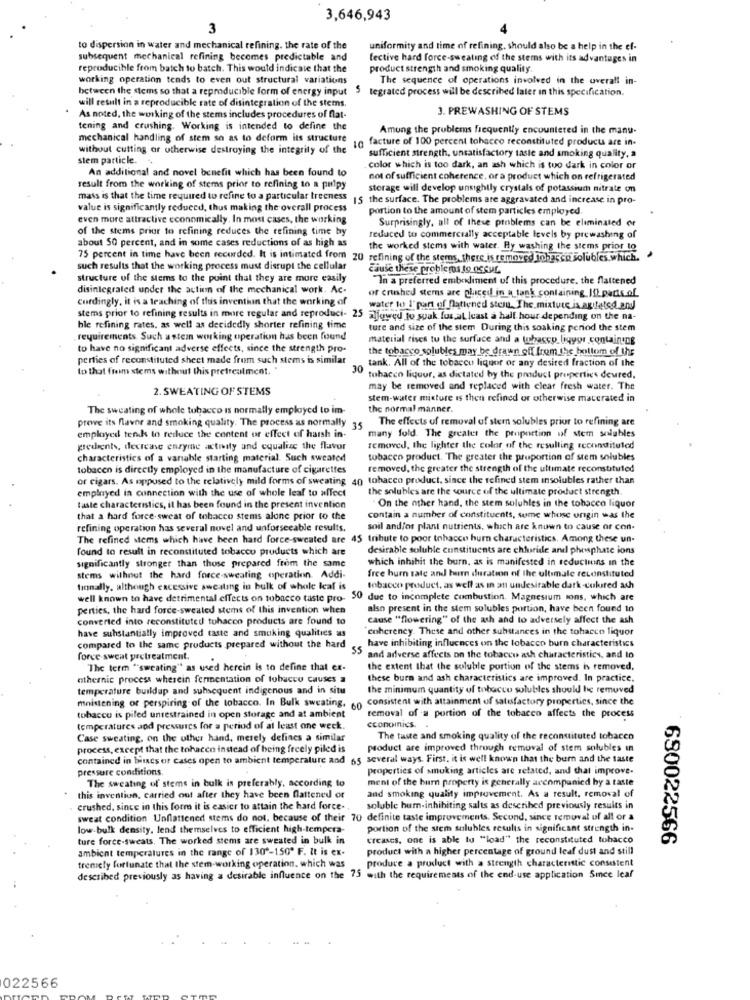
3,646,943
3
to dispersion in water and mechanical refining. the rate of the
uniformity and time of refining. should also be a help in the ef-
subsequent mechanical refining becomes predictable and
fective hard force-sweating of the stems with its advantages in
reproducible from batch to batch. This would indicate that the
product strength and smoking quality.
working operation tends to even out structural variations
The sequence of operations involved in the overall in-
between the stems so that a reproducible form of energy input
5 tegrated process will be described later in this specification.
will result in a reproducible rate of disintegration of the stems
3. PREWASHING OF STEMS
As noted, the working of the stems includes procedures of flat-
tening and crushing. Working is intended to define the
Among the problems frequently encountered in the manu-
mechanical handling of stem so as to deform its structure
facture of 100 percent tohaceo reconstituted products are in-
without cutting or otherwise destroying the integrity of the
sufficient strength, unsatisfactory taste and smoking quality, a
stem particle ..
An additional and novel benefit which has been found to
color which is too dark, an ash which is too dark in color or
not of sufficient coherence, or a product which on refrigerated
result from the working of stems prior to refining to a pulpy
storage will develop unsightly crystals of potassium nitrate on
mass is that the time required to refine to a particular treeness
15 the surface. The problems are aggravated and increase in pro-
value is significantly reduced, thus making the overall process
portion to the amount of stem particles employed
even more attractive economically. In most cases, the working
Surprisingly, all of these problems can be eliminated or
of the stems prior to refining reduces the refining time by
about SO percent, and in some cases reductions of as high as
reduced to commercially acceptable levels by prewashing of
the worked stems with water. By washing the stems prior to
75 percent in time have been recorded. It is intimated from 20 refining of the stems, there is removed jobarco solubles.which.
such results that the working process must disrupt the cellular
cause these problems to Occur
structure of the stems to the point that they are more easily
In a preferred embodiment of this procedure. the flattened
disintegrated under the action of the mechanical work. Ac-
cordingly, it is a teaching of this inventiun that the working of
or crushed stems are placed in a tank containing_If) parts of
stems prior to refining results in more regular and reproduci- 25
water to 1'part of Dattened stem, The mixture is agitated and
allowed to suak for at least a half hour depending on the na-
hle refining rates, as well as decidedly shorter refining time
ture and size of the stem During this soaking period the stem
requirements. Such a stem working operation has been found
material rises tu the surface and a tobacco_ligyor containing
to have no significant adverse effects, since the strength pro-
the tobacco solubles may be drawn off from the bottom of the
perties of reconstituted sheet made from such stems is similar
tank. All of the tobacco liquor or any desired fraction of the
to that from stems without this pretreatment. "
30
tobacco liquor, as dictated by the product properties deured.
2. SWEATING OF STEMS
may be removed and replaced with clear fresh water. The
stem-water misture is then refined or otherwise macerated in
The sweating of whole tobacco is normally employed to im-
the normal manner.
The effects of removal of stern solubles prior to refining are
prewe its flavor and smoking quality. The process as normally 35
employed tenk to reduce the content or effect of harsh in-
many fold. The greater the proportion of stem solubles
gredients, decrease enzyme activity and equalize the flavor
removed, the lighter the color of the resulling reconstituted
characteristics of a variable starting material. Such sweated
tobacco product. The greater the proportion of stem solubles
tobacen is directly employed in the manufacture of cigarettes
removed, the greater the strength of the ultimate reconstituted
of cigars. As opposed to the relatively mild forms of sweating
40 tobacco product. since the refined stem insolubles rather than
employed in connection with the use of whole leaf to affect
the solubles are the source of the ultimate product strength.
On the other hand, the stem solubles in the tobacco liquor
taste characteristics, il has been found in the present invention
that a hard force-sweat of tobacco stems alone prior to the
contain a number of constituents, some whose origin was the
refining operation has several novel and unforsecable results,
soil and/or plant nutrients, which are known to cause of con-
The refined stems which have been hard force-sweated are 45 tribute to poor tobacco burn characteristics. Among these un-
found to result in reconstituted tobacco products which are
desirable soluble constituents are chloride and phosphate ions
significantly stronger than those prepared from the same
which inhibit the burn, as is manifested in reductions in the
free hurn tate and hum duration of the ultimate reconstituted
stems without the hard force-sweating operatiein. Addi-
finally, although excessive sweating in bulk of whole leaf is
tobacco product, as well as in an undesirable datk-colured ach
well known to have detrimental effects on tobacco taste pro- 30 due to incomplete combustion. Magnesium sons, which are
perties, the hard force-sweated stems of this invention when
also present in the stem solubles portion, have been found to
converted into reconstituted tobacco products are found to
cause "flowering" of the ash and to adversely affect the ash
have substantially improved taste and smoking qualities as
coherency. These and other substances in the tobacco liquor
compared to the same products prepared without the hard
55
have inhibiting influences on the tobacco burn characteristics
force sweat pretreatment.
and adverse affects on the tobacco ash characteristics, and to
"The term "sweating"
ng" as used herein is to define that ex-
the extent that the soluble portion of the stems is removed.
nathernic process wherein fermentation of tobacco causes a
these burn and ash characteristics are improved. In practice.
temperature buildup and subsequent indigenous and in situ
the minimum quantity of tobacco solubles should be removed
mnistening or perspiring of the tobacco. In Bulk sweating, o consistent with attainment of satisfactory properties, since the
tobacco is piled unrestrained in open storage and at ambient
removal of a portion of the tobacco affects the process
temperatures and pressures for a period of at least one week.
economics.
Case sweating, on the other hand, merely defines a similar
The taste and smoking quality of the reconstituted tobacco
process, except that the tobacco instead of being freely piled is
product are improved through removal of stem solubles in
contained in bitaes of cases open to ambient temperature and 65 several ways. First. it is well known that the burn and the taste
pressure conditions
properties of snuking articles are related, and that improve.
The sweating of stems in bulk is preferably, according to
ment of the burn property is generally accompanied by a taste
and smoking quality improvement. As a result, removal of
this invention, carried out after they have been flattened or
crushed, since in this form it is easier to attain the hard force-
soluble burn-inhibiting salts as described previously results in
sweat condition Unflattened stems do not, because of their 70 definite taste improvements. Second, since removal of all or a
low-bulk density, lend themselves to efficient high-tempera-
portion of the stem sulubles results in significant strength in-
ture force-sweats. The worked stems are sweated in bulk in
CreaNES, one is able to "load" the reconstituted tobacco
680022566
ambient temperatures in the range of 130 -150º F. It is ex-
product with a higher percentage of ground leaf dust and still
produce a product with a strength characteristic consistent
tremely fortunate that the stem-working operation, which was
described previously as having a desirable influence on the 75 with the requirements of the end-use application Sice leaf
022566